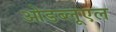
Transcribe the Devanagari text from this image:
ओडब्लूएल